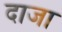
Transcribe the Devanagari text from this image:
दाजा